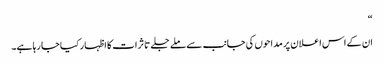
“
ان کے اس اعلان پر مداحوں کی جانب سے ملے جلے تاثرات کا اظہار کیا جا رہا ہے۔